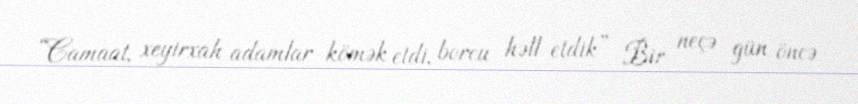
“Camaat, xeyirxah adamlar kömək etdi, borcu həll etdik” Bir neçə gün öncə